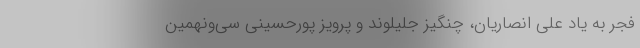
فجر به یاد علی انصاریان، چنگیز جلیلوند و پرویز پورحسینی سی‌ونهمین